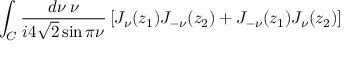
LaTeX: \int _ { C } \frac { d \nu \: \nu } { i 4 \sqrt { 2 } \sin \pi \nu } \left[ J _ { \nu } ( z _ { 1 } ) J _ { - \nu } ( z _ { 2 } ) + J _ { - \nu } ( z _ { 1 } ) J _ { \nu } ( z _ { 2 } ) \right] \; \; \; \; \; \; \; \; \; \; \; \; \; \; \; \; \; \; \; \; \;